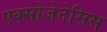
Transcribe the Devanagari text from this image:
एक्सोजेनेसिस